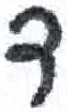
אות: ד